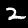
Digit: 2